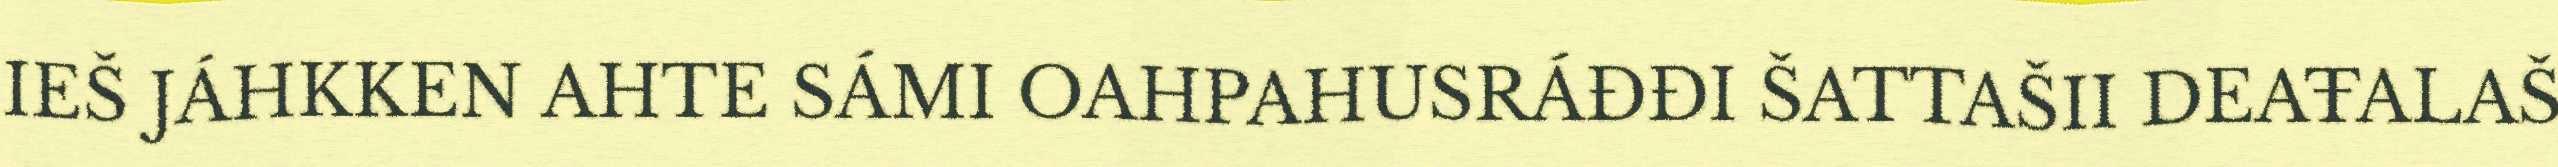
IEŠ JÁHKKEN AHTE SÁMI OAHPAHUSRÁĐĐI ŠATTAŠII DEAŦALAŠ